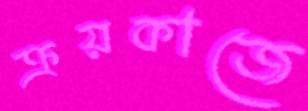
ক্রয়কাজে